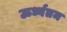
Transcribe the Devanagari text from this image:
ऊर्ध्वतम